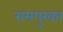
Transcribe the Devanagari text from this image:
रामपुरका